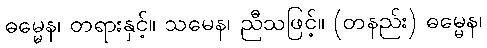
ဓမ္မေန၊ တရားနှင့်။ သမေန၊ ညီသဖြင့်။ (တနည်း) ဓမ္မေန၊